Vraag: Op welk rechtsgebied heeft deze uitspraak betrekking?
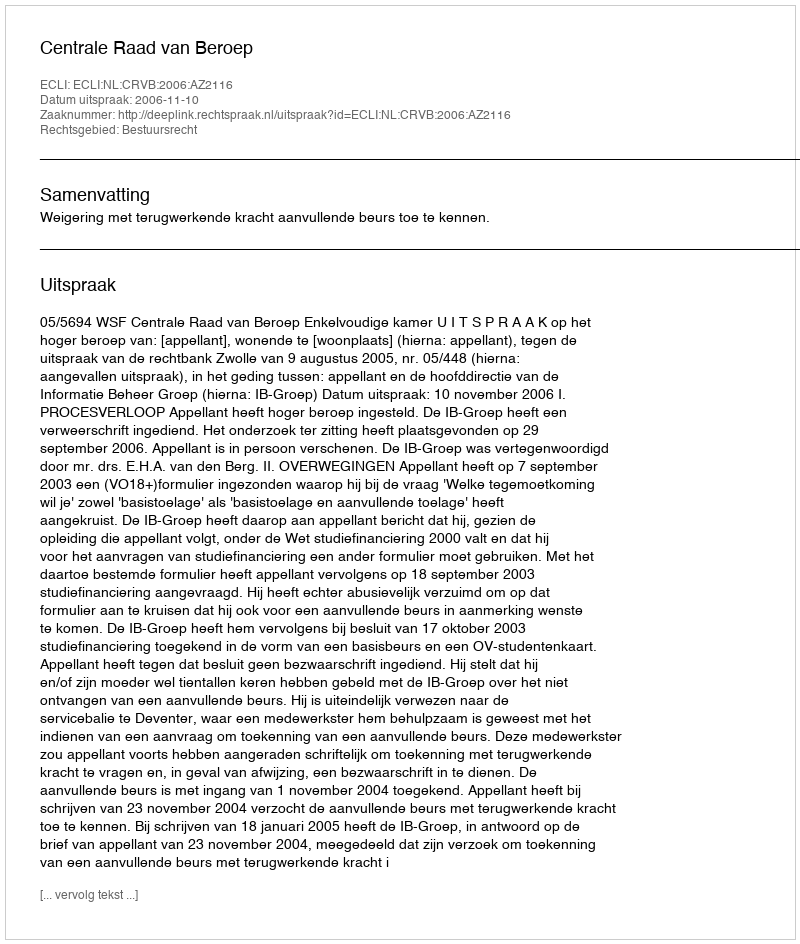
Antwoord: Bestuursrecht